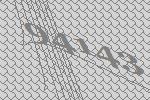
94143